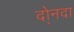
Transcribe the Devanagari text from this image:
दो्नदा